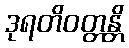
ဒုရတိဝတ္တန္တိ